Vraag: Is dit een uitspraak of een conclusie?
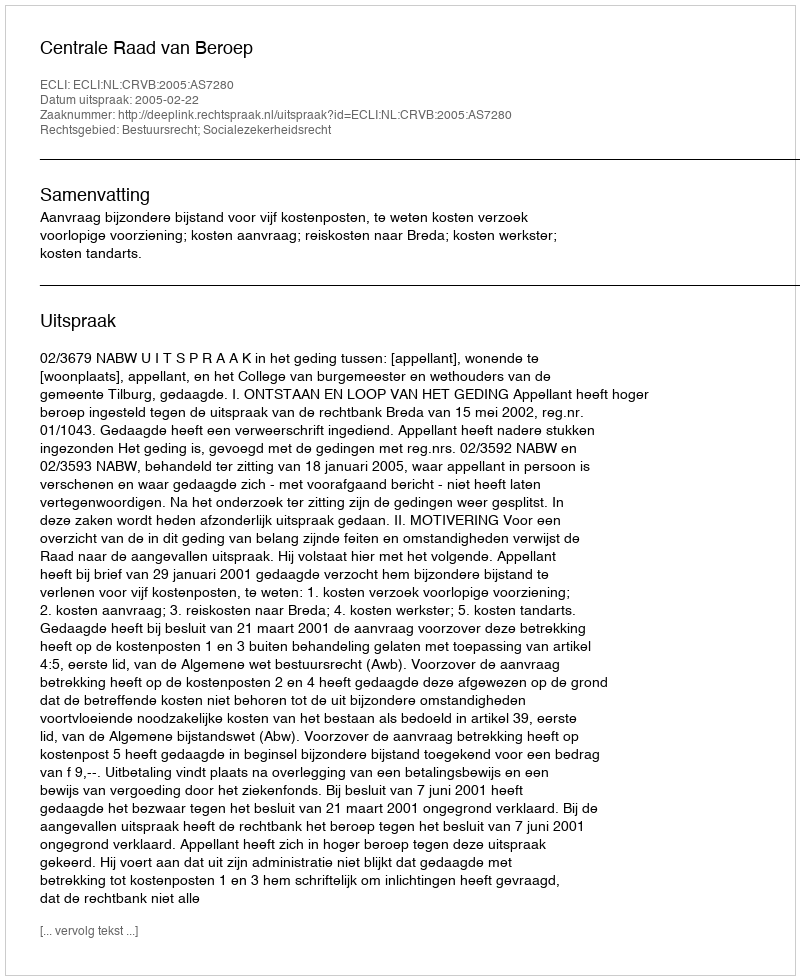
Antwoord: Uitspraak